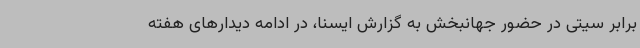
برابر سیتی در حضور جهانبخش به گزارش ایسنا، در ادامه دیدارهای هفته